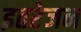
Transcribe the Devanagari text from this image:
इतरेजन